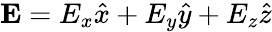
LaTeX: \mathbf{E}=E_{x}\hat{x}+E_{y}\hat{y}+E_{z}\hat{z}